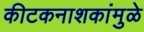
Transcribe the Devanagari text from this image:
कीटकनाशकांमुळे